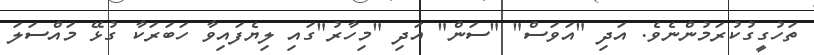
ތަހުގީގުކުރަމުންނެވެ. އަދި "އަވަސް" "ސަން" އަދި "މިހާރު"ގައި ލިޔެފައިވާ ހަބަރަކާ ގުޅޭ މައްސަލަ